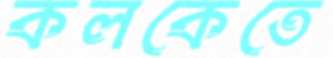
কলকেতে